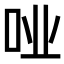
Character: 𫩤